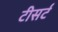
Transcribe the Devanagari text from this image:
टीसर्ट